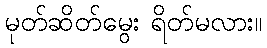
မုတ်ဆိတ်မွေး ရိတ်မလား။